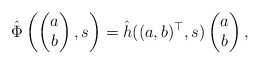
\begin{align*} \hat \Phi\left(\begin{pmatrix}a\\b\end{pmatrix},s\right) = \hat h((a,b)^\top,s) \begin{pmatrix}a\\b\end{pmatrix},\end{align*}